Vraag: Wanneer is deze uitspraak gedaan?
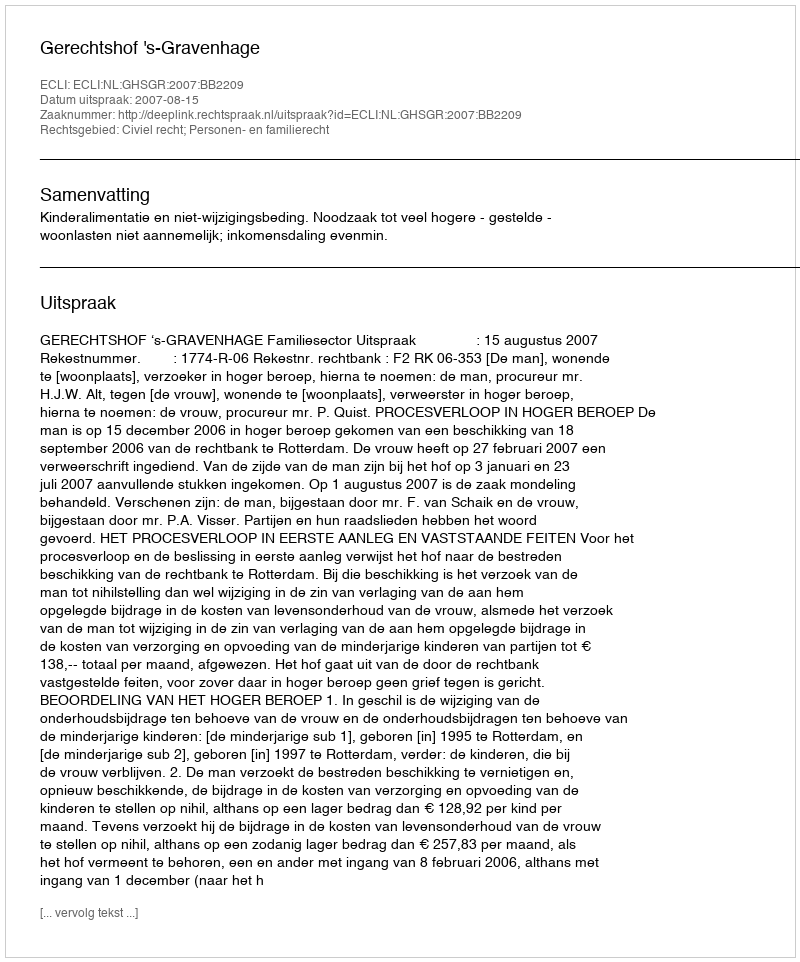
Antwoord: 2007-08-15